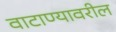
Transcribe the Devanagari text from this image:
वाटाण्यावरील